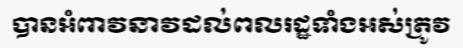
បានអំពាវនាវដល់ពលរដ្ឋទាំងអស់ត្រូវ